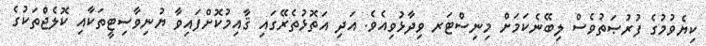
ކިޔެވުމުގެ ފުރުޞަތުވެސް ލިބޭނެކަމަށް މިނިސްޓަރ ވިދާޅުވިއެވެ. އަދި އަތޮޅުތެރޭގައި ޤާއިމުކޮށްފައިވާ ޔުނިވާސިޓީތަކާއި ކޮލެޖްތަކުގެ